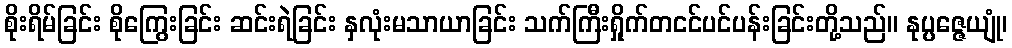
စိုးရိမ်ခြင်း စိုကြွေးခြင်း ဆင်းရဲခြင်း နှလုံးမသာယာခြင်း သက်ကြီးရှိုက်တငင်ပင်ပန်းခြင်းတို့သည်။ နုပ္ပဇ္ဇေယျုံ၊